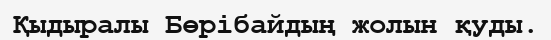
Қыдыралы Бөрібайдың жолын қуды.